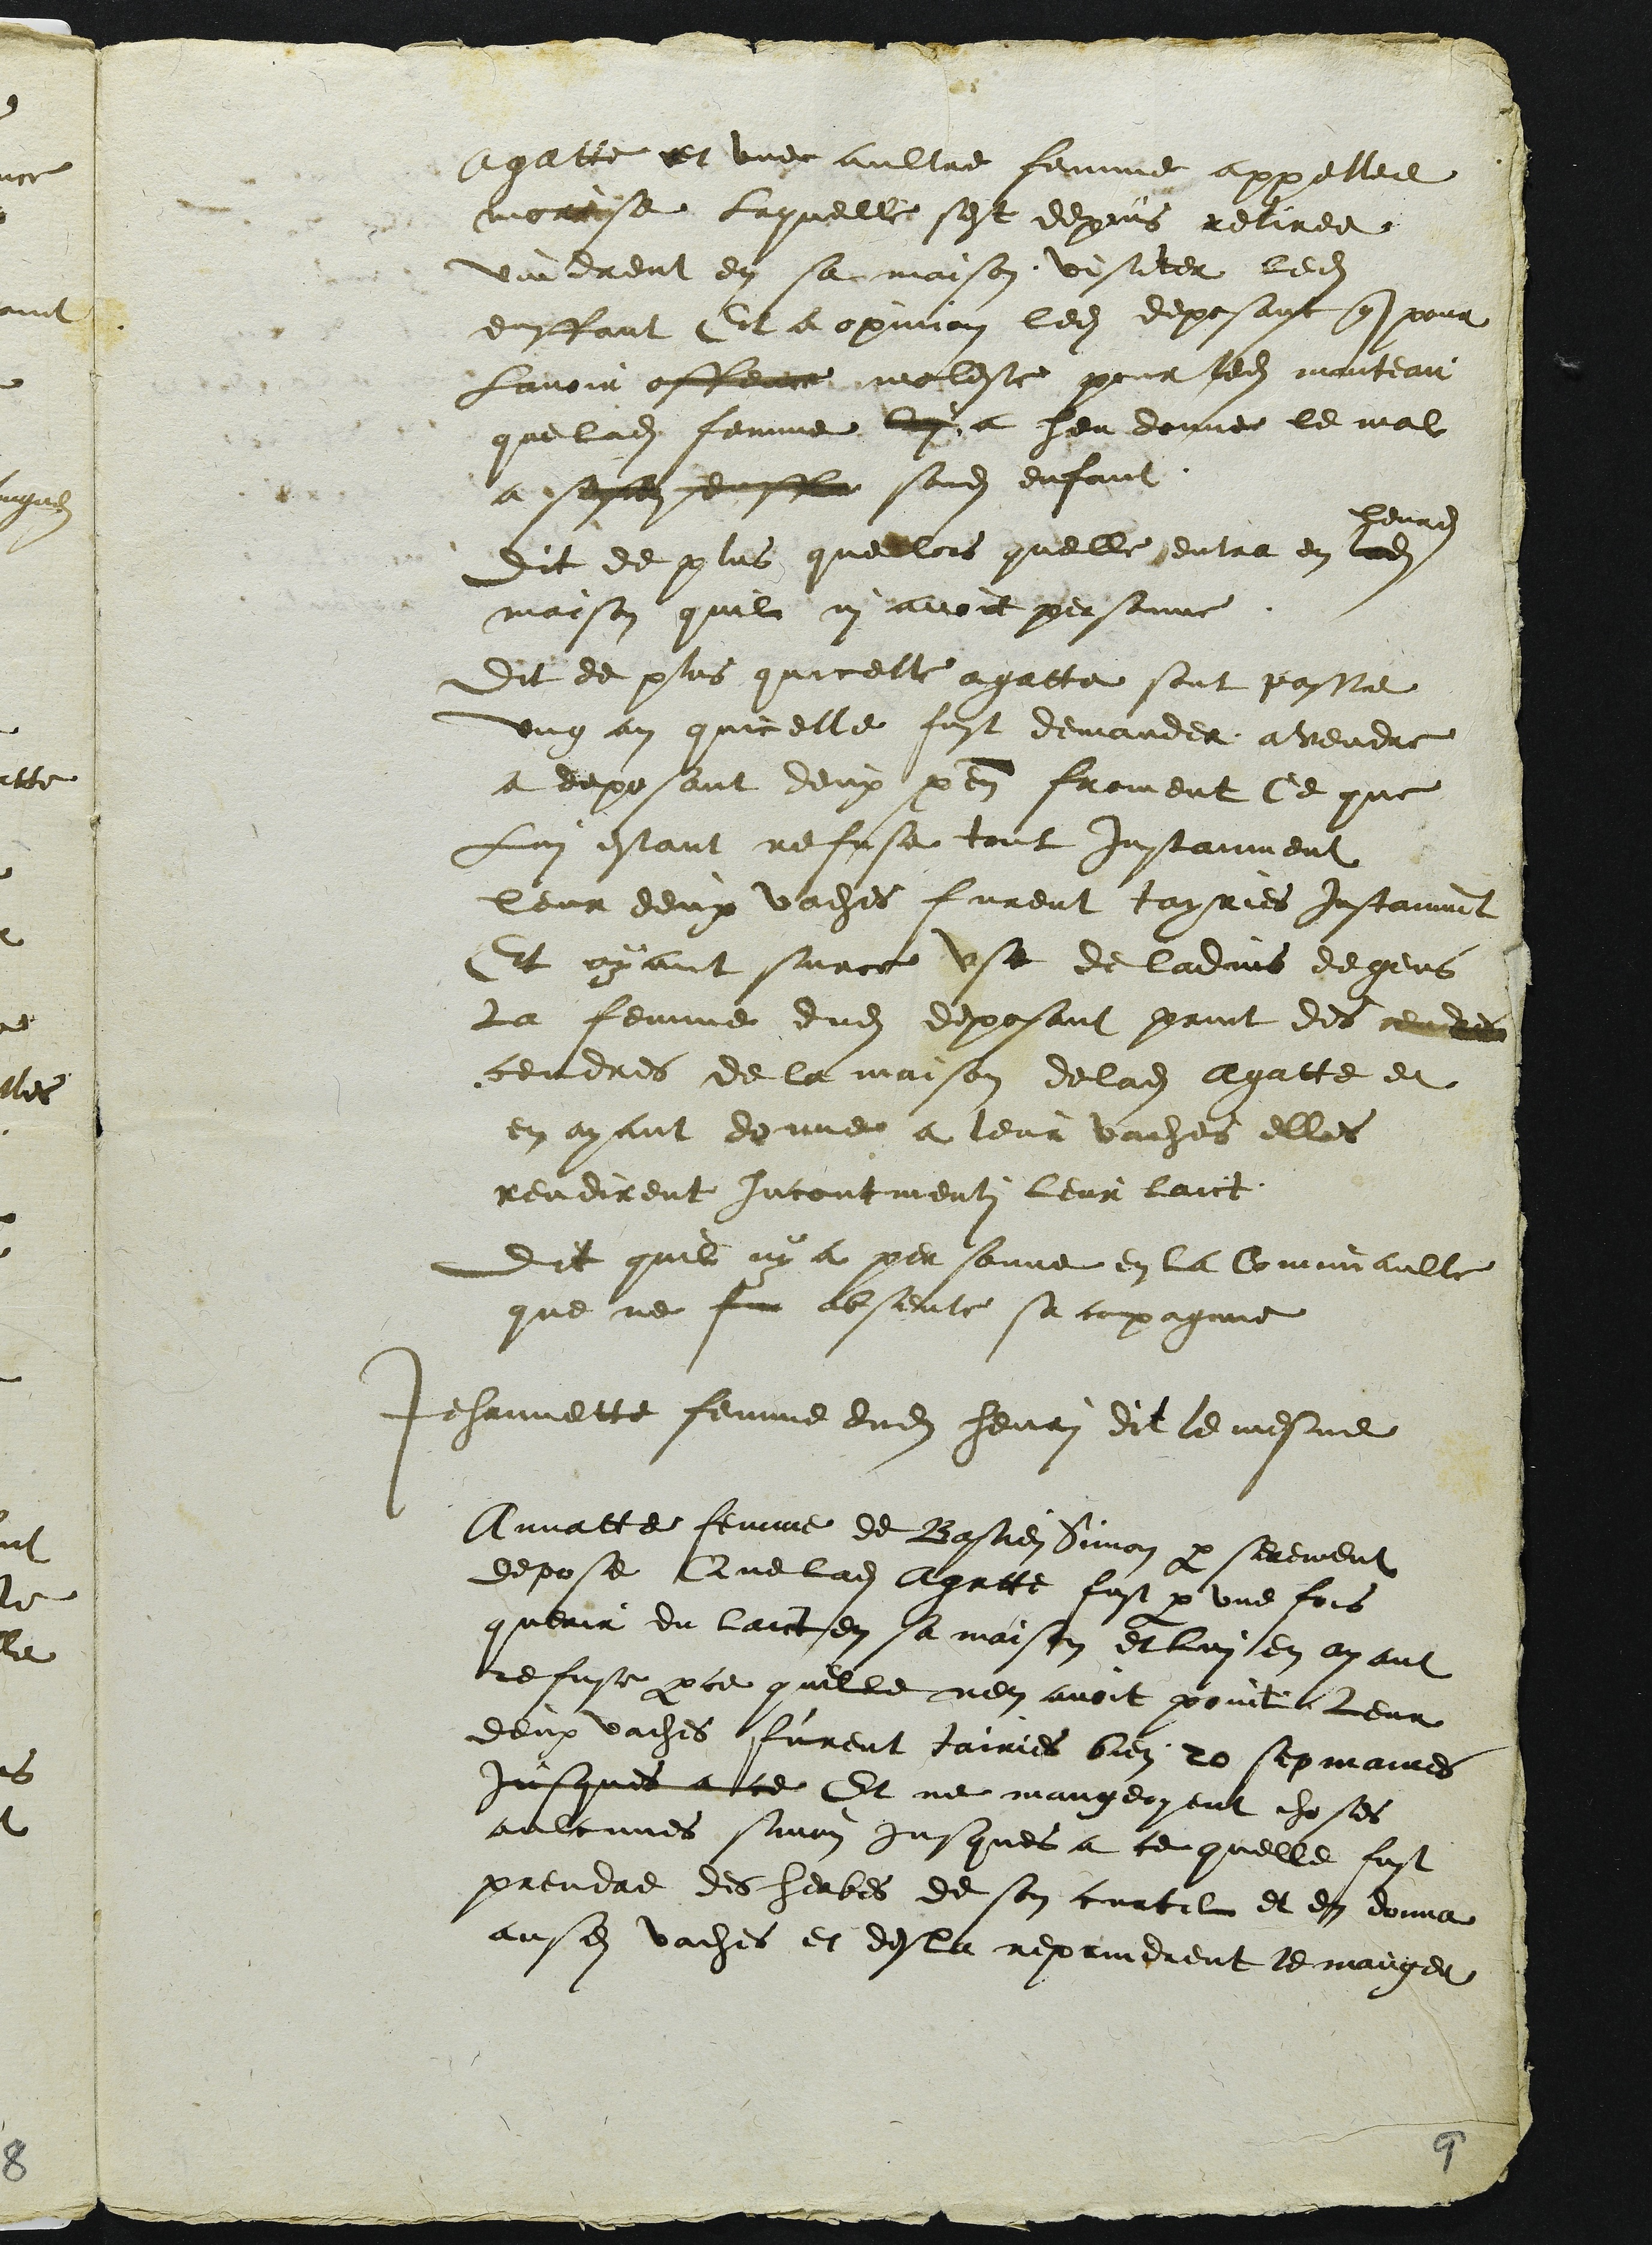
Agatte et une aultre femme appellee
morise laquelle sest depuis retiree
vindrent en sa maison visiter ledit
enffant Et a opinion ledit deposant que pour
lavoir offence moleste pour ledit manteau
que ladite femme lui a heu donne le mal
a sesdits enffa sondit enfant.
leurdit
Dit de plus que lors quelle entra en ladite
maison quil ny avoit personne.
Dit de plus quicelle agatte sont passe
ung an quicelle fust demander a vendre
a deposant deux penaux froment Ce que
Lui estant refusa tout instanment
leur deux vaches furent tayries instanment
Et ayant surce use de ladvis de gens
la femme dudit deposant print des cendres
cendres de la maison de ladite Agatte et
en ayant donne a leur vaches elles
rendirent incontinenti leur laict.
Dit quil ny a personne en la Comunaulte
que ne fut absente sa compagnie
Jehannette femme dudit henri dit le mesme
Annatte femme de Bastien Simon par serement
depose Que ladite Agatte fust par une fois
querir du laict en sa maison et lui en ayant
refuse par ce quelle nen avoit point leur
deux vaches furent tairies bien 20 sepmaines
jusques a ce Et ne mangeoyent choses
aulcunes sinon jusques a ce quelle fust
prendre des herbes de son curtil et en donna
ausdites vaches et desla reprindrent le manger